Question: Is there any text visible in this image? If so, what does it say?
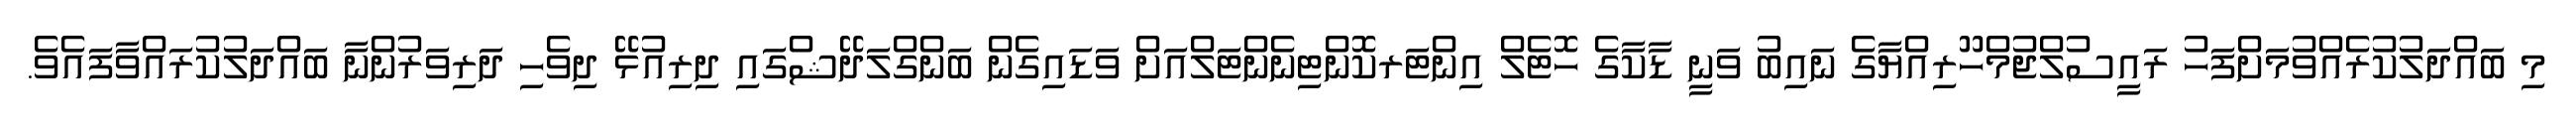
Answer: މި ބައްދަލުކުރެއްވުމަށްފަހު ރައީސުލްޖުމްހޫރިއްޔާގެ ނައިބު ވަނީ ޑާކާގެ ހޮޓެލް އިންޓަރކޮންޓިނެންޓަލްއަށް ވަޑައިގެން ބަންގްލަދޭޝްގައި ދިރިއުޅޭ ދިވެހި ދަރިވަރުންނާ ބައްދަލުކުރައްވާފައެވެ.